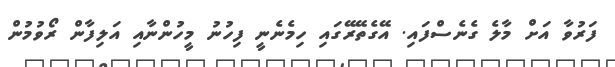
ފަރުވާ އަށް މާލެ ގެނެސްފައި. އޭގެތޭރޭގައި ހިމެނެނީ ފިހުނު މީހުންނާއި އަލިފާން ރޯވުމުން